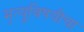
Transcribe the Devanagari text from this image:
मृत्यूविषयीचा